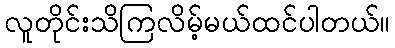
လူတိုင်းသိကြလိမ့်မယ်ထင်ပါတယ်။